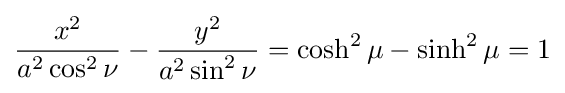
{\frac {x^{2}}{a^{2}\cos ^{2}\nu }}-{\frac {y^{2}}{a^{2}\sin ^{2}\nu }}=\cosh ^{2}\mu -\sinh ^{2}\mu =1